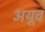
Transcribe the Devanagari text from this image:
अयूव